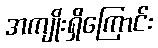
အကျိုးရှိကြောင်း